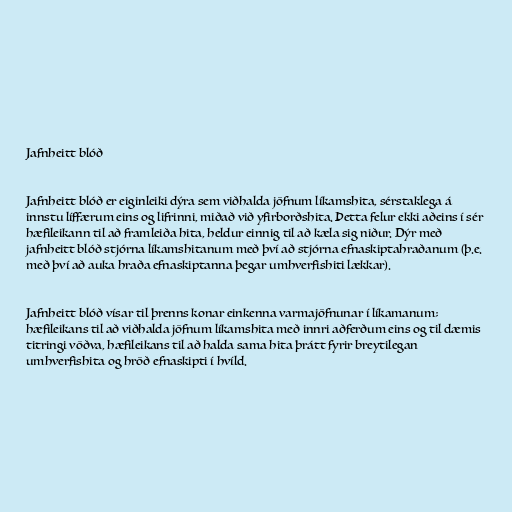
Jafnheitt blóð

Jafnheitt blóð er eiginleiki dýra sem viðhalda jöfnum líkamshita, sérstaklega á
innstu líffærum eins og lifrinni, miðað við yfirborðshita. Þetta felur ekki aðeins í sér
hæfileikann til að framleiða hita, heldur einnig til að kæla sig niður. Dýr með
jafnheitt blóð stjórna líkamshitanum með því að stjórna efnaskiptahraðanum (þ.e.
með því að auka hraða efnaskiptanna þegar umhverfishiti lækkar).

Jafnheitt blóð vísar til þrenns konar einkenna varmajöfnunar í líkamanum;
hæfileikans til að viðhalda jöfnum líkamshita með innri aðferðum eins og til dæmis
titringi vöðva, hæfileikans til að halda sama hita þrátt fyrir breytilegan
umhverfishita og hröð efnaskipti í hvíld.